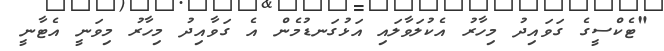
"ޓެކްސީގެ ގަވައިދު މިހާރު އެކުލަވާލައި އަޅުގަނޑުމެން އެ ގަވާއިދު މިހާރު މިވަނީ އެޓާނީ